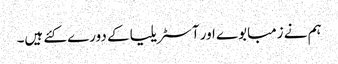
ہم نے زمبابوے اور آسٹریلیا کے دورے کئے ہیں۔